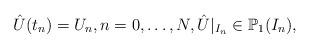
LaTeX: \begin{align*} \hat U(t_n) = U_n, n = 0,\dots,N, \hat U|_{I_n} \in \mathbb{P}_1(I_n),\end{align*}